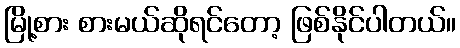
မြို့စား စားမယ်ဆိုရင်တော့ ဖြစ်နိုင်ပါတယ်။